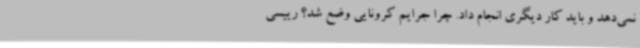
نمی‌دهد و باید کار دیگری انجام داد. چرا جرایم کرونایی وضع شد؟ رییسی